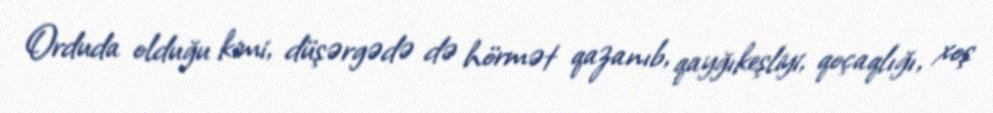
Orduda olduğu kimi, düşərgədə də hörmət qazanıb, qayğıkeşliyi, qoçaqlığı, xoş